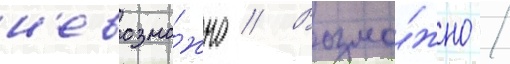
н'евозмо́жно // Возмо́жно /